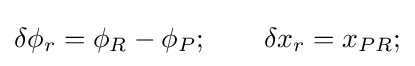
\delta \phi _{r}=\phi _{R}-\phi _{P};\qquad \delta x_{r}=x_{PR};